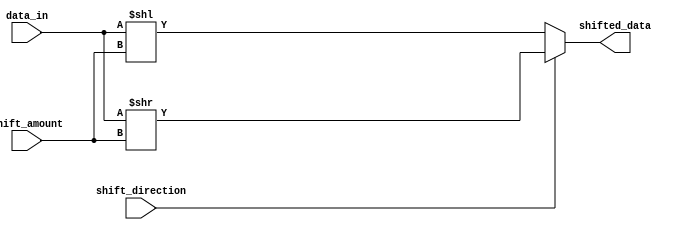
module Barrel_shifter (
    input [7:0] data_in,
    input [2:0] shift_amount,
    input shift_direction,
    output reg [7:0] shifted_data
);

always @ (data_in or shift_amount or shift_direction)
begin
    if (shift_direction) // Shift right
        shifted_data = data_in >> shift_amount;
    else // Shift left
        shifted_data = data_in << shift_amount;
end

endmodule